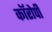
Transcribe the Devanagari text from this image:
कॉरोपी